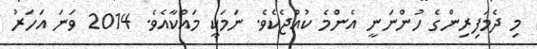
މި ދެމަފިރިންގެ ހުންނަނީ އެންމެ ކުއްޖެކެވެ. ނަމަކީ މައްކާއެވެ. 2014 ވަނަ އަހަރު